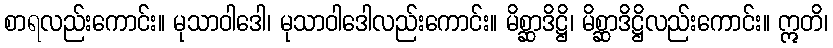
စာရလည်းကောင်း။ မုသာဝါဒေါ၊ မုသာဝါဒေါလည်းကောင်း။ မိစ္ဆာဒိဋ္ဌိ၊ မိစ္ဆာဒိဋ္ဌိလည်းကောင်း။ ဣတိ၊